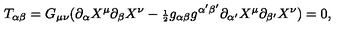
T _ { \alpha \beta } = G _ { \mu \nu } ( \partial _ { \alpha } X ^ { \mu } \partial _ { \beta } X ^ { \nu } - { \scriptstyle \frac { 1 } { 2 } } g _ { \alpha \beta } g ^ { \alpha ^ { \prime } \beta ^ { \prime } } \partial _ { \alpha ^ { \prime } } X ^ { \mu } \partial _ { \beta ^ { \prime } } X ^ { \nu } ) = 0 ,